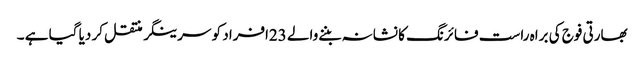
بھارتی فوج کی براہ راست فائرنگ کا نشانہ بننےوالے 23افراد کو سرینگر منتقل کر دیا گیا ہے ۔